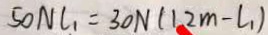
5 0 N l _ { 1 } = 3 0 N ( 1 2 m - l _ { 1 } )